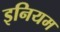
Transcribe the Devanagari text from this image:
इनियम